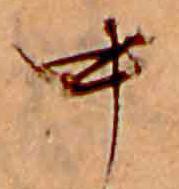
中